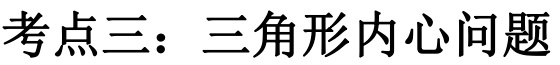
考点三：三角形内心问题